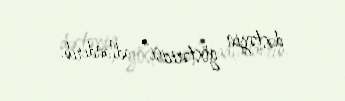
dəstəyin göstəricisi” adlandırıb.